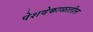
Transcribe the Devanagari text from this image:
पेशवेकाळातील